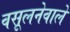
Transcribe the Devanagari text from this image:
वसूलनेवाले